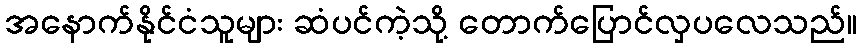
အနောက်နိုင်ငံသူများ ဆံပင်ကဲ့သို့ တောက်ပြောင်လှပလေသည်။